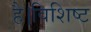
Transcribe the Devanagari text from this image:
है।विशिष्ट